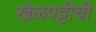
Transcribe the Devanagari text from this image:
खेळपट्टीची